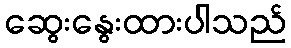
ဆွေးနွေးထားပါသည်